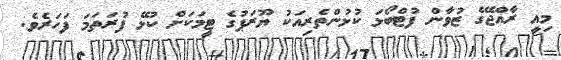
މިއީ ރާއްޖޭގެ ޒުވާން ފުޓްބޯޅަ ކުޅުންތެރިއަކު ޔޫރަޕުގެ ޓީމަކަށް ކުޅޭ ފުރަތަމަ ފަހަރެވެ.